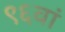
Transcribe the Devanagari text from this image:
९६वां